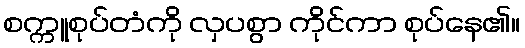
စက္ကူစုပ်တံကို လှပစွာ ကိုင်ကာ စုပ်နေ၏။